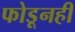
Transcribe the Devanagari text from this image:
फोडूनही